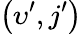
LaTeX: \left(\upsilon^{\prime},j^{\prime}\right)